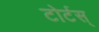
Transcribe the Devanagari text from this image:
टोर्टस्